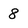
Character: 8